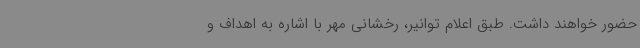
حضور خواهند داشت. طبق اعلام توانیر، رخشانی مهر با اشاره به اهداف و